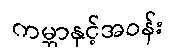
ကမ္ဘာနှင့်အဝန်း